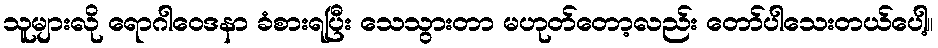
သူများလို ရောဂါဝေဒနာ ခံစားရပြီး သေသွားတာ မဟုတ်တော့လည်း တော်ပါသေးတယ်ပေါ့။